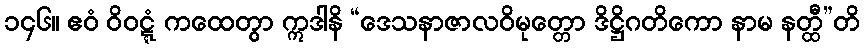
၁၄၆။ ဧဝံ ဝိဝဋ္ဋံ ကထေတွာ ဣဒါနိ “ဒေသနာဇာလဝိမုတ္တော ဒိဋ္ဌိဂတိကော နာမ နတ္ထီ”တိ